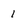
Character: 1